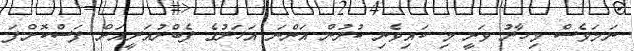
ނަމަވެސް މިހާރު ވަނީ މި ކައިވެނި ކުރުން އަންނަ އަހަރުގެ ފެބްރުއަރީއަށް ފަސްކޮށްފަ